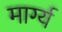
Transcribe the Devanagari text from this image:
मार्ग्य